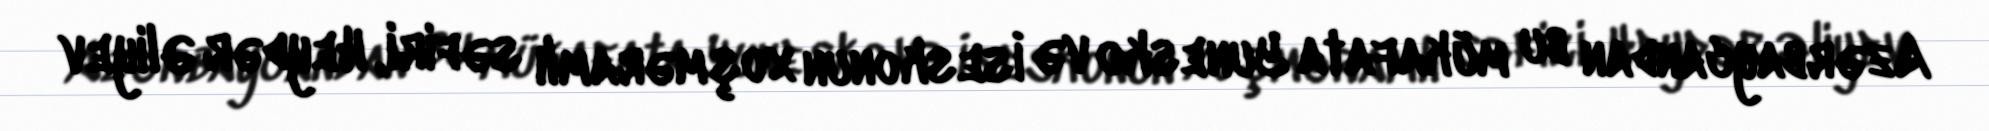
Azərbaycandan bu mükafata Yunesko və İseskonun xoşməramlı səfiri, Heydər Əliyev